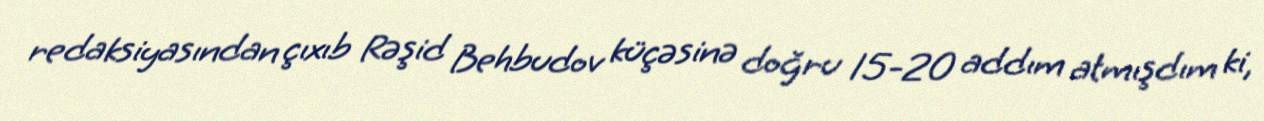
redaksiyasından çıxıb Rəşid Behbudov küçəsinə doğru 15-20 addım atmışdım ki,